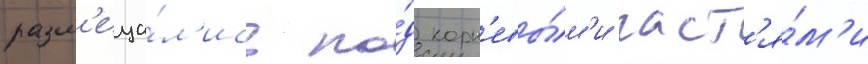
разм'еща́л'ись по́д корн'евы́м'и част'я́м'и